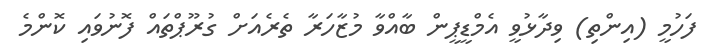
ފަހުމީ (އިންތި) ވިދާޅުވީ އެމްޑީޕީން ބާއްވާ މުޒާހަރާ ތެރެއަށް ގުރޫޕްތައް ފޮނުވައި ކޮންމެ